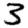
Digit: 3